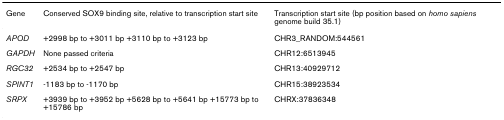
<table><thead><tr><td><b>Gene</b></td><td><b>Conserved SOX9 binding site, relative to transcription start site</b></td><td><b>Transcription start site (bp position based on <i>homo sapiens </i>genome build 35.1)</b></td></tr></thead><tbody><tr><td><i>APOD</i></td><td>+2998 bp to +3011 bp +3110 bp to +3123 bp</td><td>CHR3_RANDOM:544561</td></tr><tr><td><i>GAPDH</i></td><td>None passed criteria</td><td>CHR12:6513945</td></tr><tr><td><i>RGC32</i></td><td>+2534 bp to +2547 bp</td><td>CHR13:40929712</td></tr><tr><td><i>SPINT1</i></td><td>-1183 bp to -1170 bp</td><td>CHR15:38923534</td></tr><tr><td><i>SRPX</i></td><td>+3939 bp to +3952 bp +5628 bp to +5641 bp +15773 bp to +15786 bp</td><td>CHRX:37836348</td></tr></tbody></table>